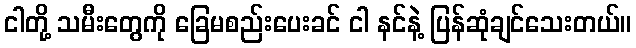
ငါတို့ သမီးတွေကို ခြေမစည်းပေးခင် ငါ နင်နဲ့ ပြန်ဆုံချင်သေးတယ်။